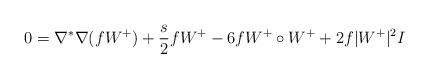
LaTeX: \begin{align*}0 = \nabla^*\nabla (fW^+)+ \frac{s}{2} fW^+ - 6 fW^+\circ W^+ + 2 f|W^+|^2 I \end{align*}